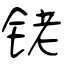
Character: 铑